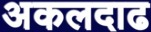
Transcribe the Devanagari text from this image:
अकलदाढ